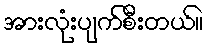
အားလုံးပျက်စီးတယ်။